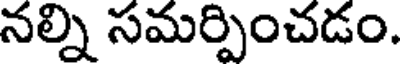
నల్ని సమర్పించడం.